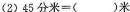
(2)45分米=()米